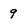
Character: 9